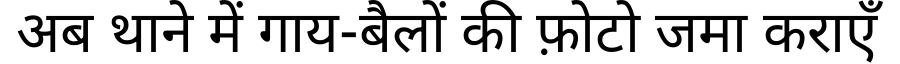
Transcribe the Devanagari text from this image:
अब थाने में गाय-बैलों की फ़ोटो जमा कराएँ